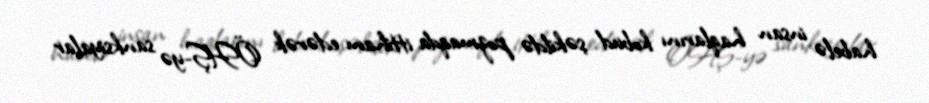
habelə insan haqlarını kobud şəkildə pozmaqda ittiham edərək ÖHŞ-yə sanksiyalar